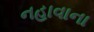
નહાવાના